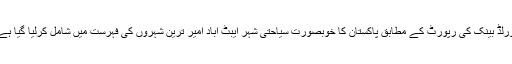
ورلڈ بینک کی رپورٹ کے مطابق پاکستان کا خوبصورت سیاحتی شہر ایبٹ آباد امیر ترین شہروں کی فہرست میں شامل کرلیا گیا ہے۔